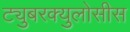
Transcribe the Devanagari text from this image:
ट्युबरक्युलोसीस